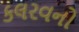
કલરવનો